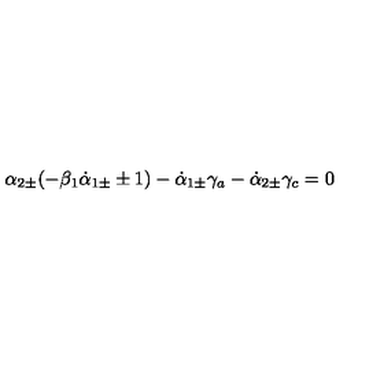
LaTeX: \alpha _ { 2 \pm } ( - \beta _ { 1 } \dot { \alpha } _ { 1 \pm } \pm 1 ) - \dot { \alpha } _ { 1 \pm } \gamma _ { a } - \dot { \alpha } _ { 2 \pm } \gamma _ { c } = 0